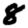
Digit: 8